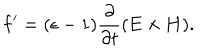
{ \bf f } ^ { \prime } = ( \epsilon - 1 ) { \frac { \partial } { \partial t } } ( { \bf E \times H } ) .